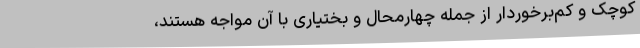
کوچک و کم‌برخوردار از جمله چهارمحال و بختیاری با آن مواجه هستند،